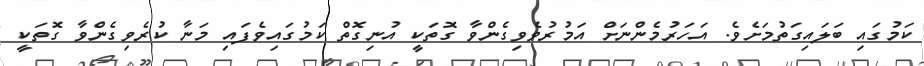
ކަމުގައި ބަލައިގަތުމަށެވެ. އަހަރުމެންނަށް އަމުރުވެވިގެންވާ ގޮތަކީ އުނިގޮތް ކަމުގައިވެފައި މަނާ ކުރެވިގެންވާ ގޮތަކީ